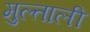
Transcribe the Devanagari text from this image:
मुल्ताली